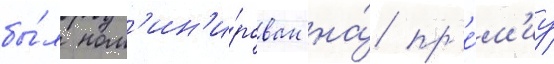
бы́л ном'ин'и́рован на́ пр'е́м'иу